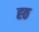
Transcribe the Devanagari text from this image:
ह्ठ